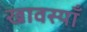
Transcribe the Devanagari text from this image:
खावस्याँ